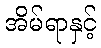
အိမ်ရာနှင့်